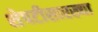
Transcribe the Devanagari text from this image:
शेपटीसारख्या